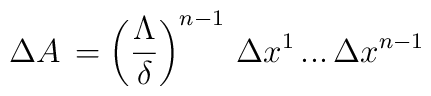
\,\Delta A \,=\left(\frac{\Lambda}{\delta}\right)^{n-1}\,\Delta x^1 \, ... \, \Delta x^{n-1} \,